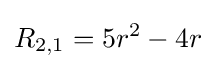
R_{2,1}=5r^{2}-4r